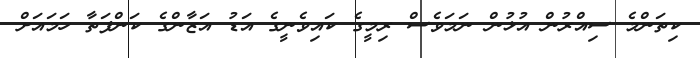
ކިތަންމެ ސިއްރުން އުޅުން ނަމަވެސް ރިމީގެ ކައިވެނީގެ އަޑު އަޒާންގެ ކަންފަތާ ހަމައަށް